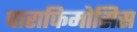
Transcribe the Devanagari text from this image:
पाराफिमोसिस